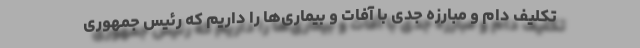
تکلیف دام و مبارزه جدی با آفات و بیماری‌ها را داریم که رئیس جمهوری